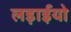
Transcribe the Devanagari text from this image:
लड़ाईयो